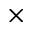
\times